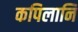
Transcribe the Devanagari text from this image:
कपिलानि